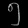
Digit: ၅